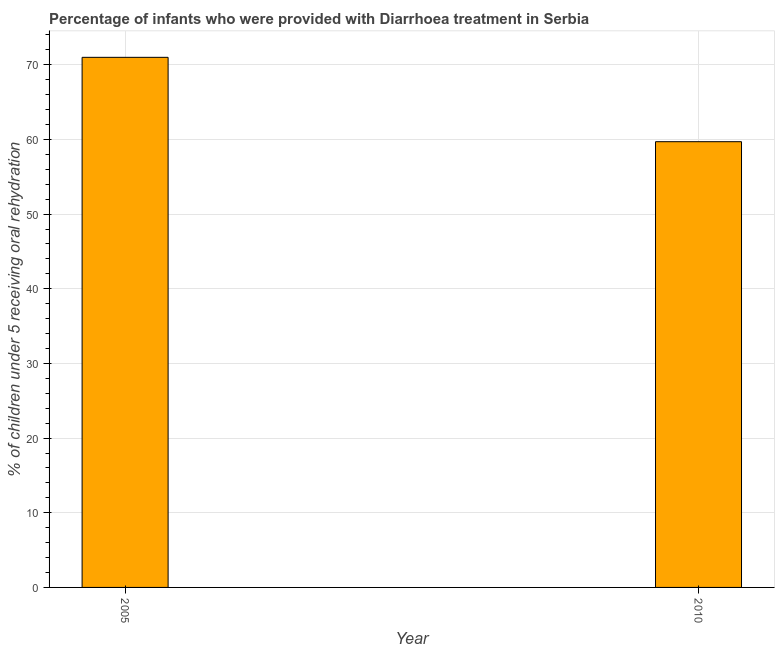
| Year | Diarrhea treatment |
 | --- | --- |
 | 2005 | 71 |
 | 2010 | 59.7 |